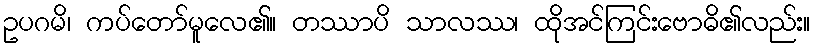
ဥပဂမိ၊ ကပ်တော်မူလေ၏။ တဿာပိ သာလဿ၊ ထိုအင်ကြင်းဗောဓိ၏လည်း။